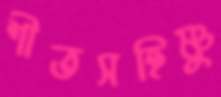
শীতসহিষ্ণু